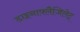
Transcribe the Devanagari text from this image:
डाइनाफ्लैजिलेट्